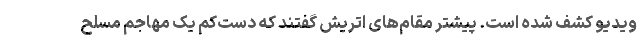
ویدیو کشف شده است. پیشتر مقام‌های اتریش گفتند که دست‌کم یک مهاجم مسلح